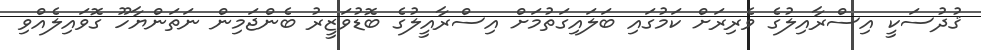
ޤުދުސަކީ އިސްރާއިލުގެ ވެރިރަށް ކަމުގައި ބަލައިގަތުމަށް އިސްރާއީލުގެ ބޮޑުވަޒީރު ބެންޖަމިން ނަތަންޔާހޫ ގޮވައިލެއްވި